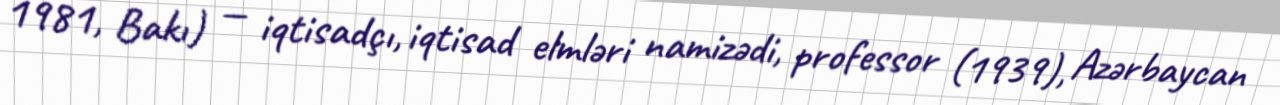
1981, Bakı) — iqtisadçı, iqtisad elmləri namizədi, professor (1939), Azərbaycan